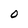
Character: 0